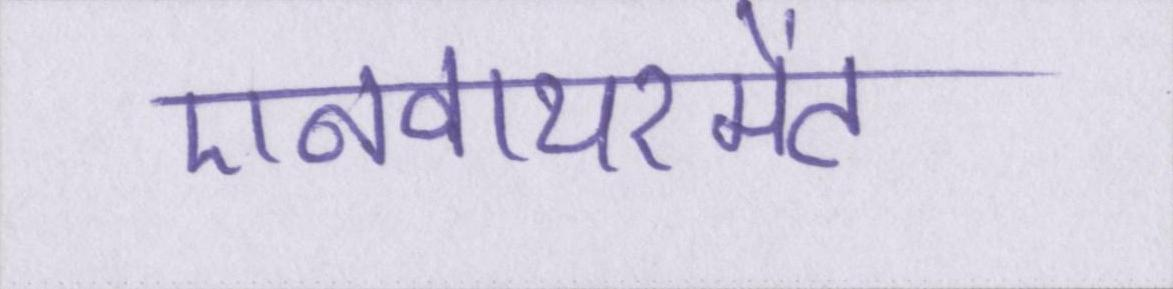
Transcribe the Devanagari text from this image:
एनवायरमेंट